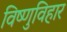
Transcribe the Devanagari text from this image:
विष्णुविहार